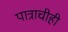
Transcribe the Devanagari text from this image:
पात्राचीही